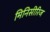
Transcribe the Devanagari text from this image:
मिनिसीरिज